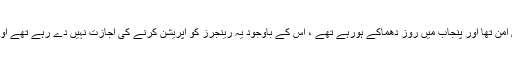
انہوں نے کہا کہ کے پی میں امن تھا اور پنجاب میں روز دھماکے ہورہے تھے ، اس کے باوجود یہ رینجرز کو آپریشن کرنے کی اجازت نہیں دے رہے تھے اور باتیں بڑی بڑی کرتے ہیں۔